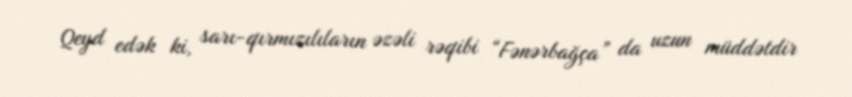
Qeyd edək ki, sarı-qırmızılıların əzəli rəqibi “Fənərbağça” da uzun müddətdir